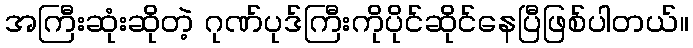
အကြီးဆုံးဆိုတဲ့ ဂုဏ်ပုဒ်ကြီးကိုပိုင်ဆိုင်နေပြီဖြစ်ပါတယ်။